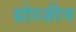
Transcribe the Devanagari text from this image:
ग्रोस्जीन